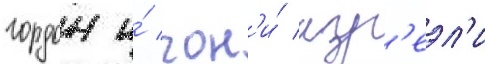
гордон и́ гон'и́ изр'еэл'и